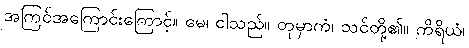
အကြင်အကြောင်းကြောင့်။ မေ၊ ငါသည်။ တုမှာကံ၊ သင်တို့၏။ ကိရိယံ၊